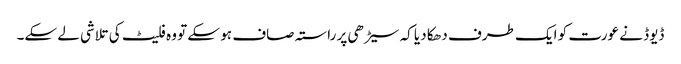
ڈیوڈ نے عورت کو ایک طرف دھکا دیا کہ سیڑھی پر راستہ صاف ہو سکے تو وہ فلیٹ کی تلاشی لے سکے۔